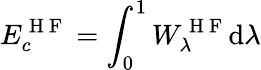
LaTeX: E_{c}^{\mathrm{~H~F~}}=\int_{0}^{1}W_{\lambda}^{\mathrm{~H~F~}}\mathrm{d}\lambda